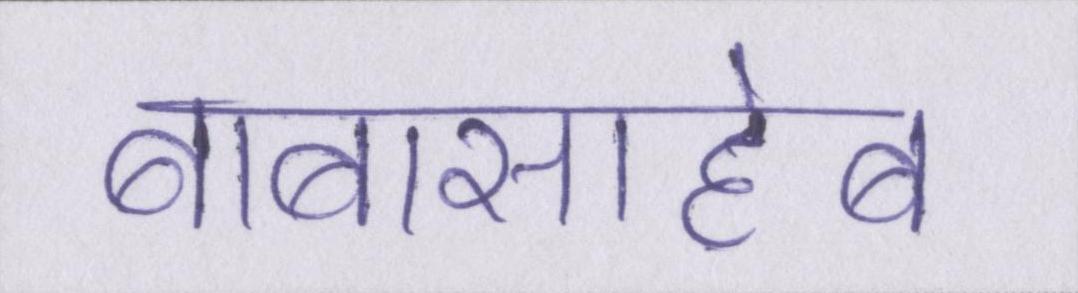
बाबासाहेब